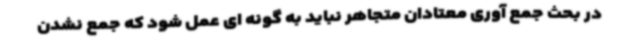
در بحث جمع آوری معتادان متجاهر نباید به گونه ای عمل شود که جمع نشدن